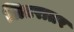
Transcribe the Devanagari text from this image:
लितरातर